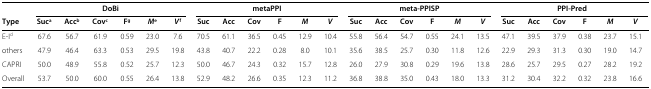
<table><thead><tr><td><b> </b></td><td colspan="6"><b>DoBi</b></td><td colspan="6"><b>metaPPI</b></td><td colspan="6"><b>meta-PPISP</b></td><td colspan="6"><b>PPI-Pred</b></td><td><b> </b></td><td><b> </b></td><td><b> </b></td><td><b> </b></td><td><b> </b></td><td><b> </b></td><td><b> </b></td><td><b> </b></td><td><b> </b></td><td><b> </b></td><td><b> </b></td><td><b> </b></td><td><b> </b></td><td><b> </b></td><td><b> </b></td><td><b> </b></td><td><b> </b></td><td><b> </b></td><td><b> </b></td></tr><tr><td><b>Type</b></td><td><b>Suc<sup>a</sup></b></td><td><b>Acc<sup>b</sup></b></td><td><b>Cov<sup>c</sup></b></td><td><b>F<sup>g</sup></b></td><td><b><i>M</i><sup>e</sup></b></td><td><b><i>V</i><sup>f</sup></b></td><td><b>Suc</b></td><td><b>Acc</b></td><td><b>Cov</b></td><td><b>F</b></td><td><b><i>M</i></b></td><td><b><i>V</i></b></td><td><b>Suc</b></td><td><b>Acc</b></td><td><b>Cov</b></td><td><b>F</b></td><td><b><i>M</i></b></td><td><b><i>V</i></b></td><td><b>Suc</b></td><td><b>Acc</b></td><td><b>Cov</b></td><td><b>F</b></td><td><b><i>M</i></b></td><td><b><i>V</i></b></td><td><b> </b></td><td><b> </b></td><td><b> </b></td><td><b> </b></td><td><b> </b></td><td><b> </b></td><td><b> </b></td><td><b> </b></td><td><b> </b></td><td><b> </b></td><td><b> </b></td><td><b> </b></td><td><b> </b></td><td><b> </b></td><td><b> </b></td><td><b> </b></td><td><b> </b></td><td><b> </b></td><td><b> </b></td></tr></thead><tbody><tr><td>E-I<sup>d</sup></td><td>67.6</td><td>56.7</td><td>61.9</td><td>0.59</td><td>23.0</td><td>7.6</td><td>70.5</td><td>61.1</td><td>36.5</td><td>0.45</td><td>12.9</td><td>10.4</td><td>55.8</td><td>56.4</td><td>54.7</td><td>0.55</td><td>24.1</td><td>13.5</td><td>47.1</td><td>39.5</td><td>37.9</td><td>0.38</td><td>23.7</td><td>15.1</td><td> </td><td> </td><td> </td><td> </td><td> </td><td> </td><td> </td><td> </td><td> </td><td> </td><td> </td><td> </td><td> </td><td> </td><td> </td><td> </td><td> </td><td> </td><td> </td></tr><tr><td>others</td><td>47.9</td><td>46.4</td><td>63.3</td><td>0.53</td><td>29.5</td><td>19.8</td><td>43.8</td><td>40.7</td><td>22.2</td><td>0.28</td><td>8.0</td><td>10.1</td><td>35.6</td><td>38.5</td><td>25.7</td><td>0.30</td><td>11.8</td><td>12.6</td><td>22.9</td><td>29.3</td><td>31.3</td><td>0.30</td><td>19.0</td><td>14.7</td><td> </td><td> </td><td> </td><td> </td><td> </td><td> </td><td> </td><td> </td><td> </td><td> </td><td> </td><td> </td><td> </td><td> </td><td> </td><td> </td><td> </td><td> </td><td> </td></tr><tr><td>CAPRI</td><td>50.0</td><td>48.9</td><td>55.8</td><td>0.52</td><td>25.7</td><td>12.3</td><td>50.0</td><td>46.7</td><td>24.3</td><td>0.32</td><td>15.7</td><td>12.8</td><td>26.0</td><td>27.9</td><td>30.8</td><td>0.29</td><td>19.6</td><td>13.8</td><td>28.6</td><td>25.7</td><td>29.5</td><td>0.27</td><td>28.2</td><td>19.2</td><td> </td><td> </td><td> </td><td> </td><td> </td><td> </td><td> </td><td> </td><td> </td><td> </td><td> </td><td> </td><td> </td><td> </td><td> </td><td> </td><td> </td><td> </td><td> </td></tr><tr><td>Overall</td><td>53.7</td><td>50.0</td><td>60.0</td><td>0.55</td><td>26.4</td><td>13.8</td><td>52.9</td><td>48.2</td><td>26.6</td><td>0.35</td><td>12.3</td><td>11.2</td><td>36.8</td><td>38.8</td><td>35.0</td><td>0.43</td><td>18.0</td><td>13.3</td><td>31.2</td><td>30.4</td><td>32.2</td><td>0.32</td><td>23.8</td><td>16.6</td><td> </td><td> </td><td> </td><td> </td><td> </td><td> </td><td> </td><td> </td><td> </td><td> </td><td> </td><td> </td><td> </td><td> </td><td> </td><td> </td><td> </td><td> </td><td> </td></tr></tbody></table>